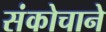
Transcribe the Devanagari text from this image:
संकोचाने